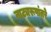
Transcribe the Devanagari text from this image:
नाट्यरूपांतरे